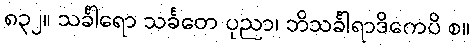
၈၃၂။ သင်္ခါရော သင်္ခတေ ပုညာ၊ ဘိသင်္ခါရာဒိကေပိ စ။